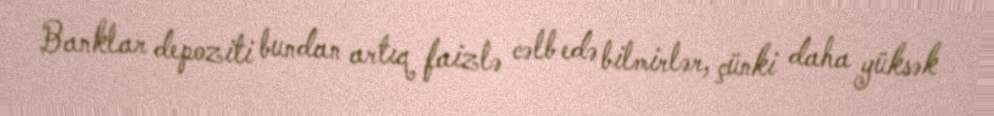
Banklar depoziti bundan artıq faizlə cəlb edə bilmirlər, çünki daha yüksək